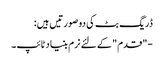
ڈریگ بٹ کی دو صورتیں ہیں:
-"قدم" کے لئے نرم بنیاد ٹائپ ۔